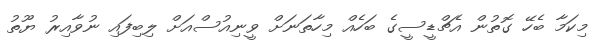
މިކަމާ ބެހޭ ގޮތުން އެޗްޑީސީގެ ބަހެއް މިހާތަނަށް ވީނިއުސްއަށް ލިބިފައި ނުވާއިރު ޔޫތު